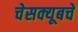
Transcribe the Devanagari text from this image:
चेसक्यूबचे